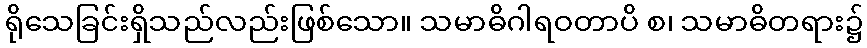
ရိုသေခြင်းရှိသည်လည်းဖြစ်သော။ သမာဓိဂါရဝတာပိ စ၊ သမာဓိတရား၌